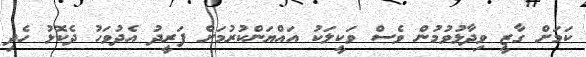
ކަމަށް ގާޒީ ވިދާޅުވުމުން ވެސް ވަކީލަކު އައްޔަންކުރުމަށް ފަރީދު އެދުވަހު ދެކޮޅު ހެދި